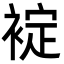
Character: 䘺